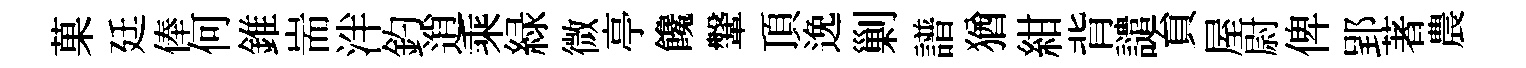
菓廷俸何錐耑泮釣逍乘緑微亭饞鞶頂𨓜剿譜猶紺背譴貟屋尉俾郢著農